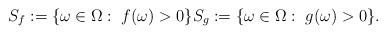
LaTeX: \begin{align*}S_f := \{\omega \in \Omega: \; f(\omega) > 0\} S_g := \{\omega \in \Omega: \; g(\omega) > 0\}.\end{align*}